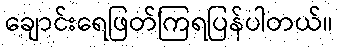
ချောင်းရေဖြတ်ကြရပြန်ပါတယ်။